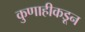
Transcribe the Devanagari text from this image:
कुणाहीकडून